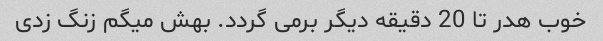
خوب هدر تا 20 دقیقه دیگر برمی گردد. بهش میگم زنگ زدی